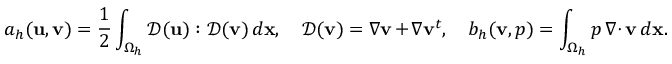
a _ { h } ( { \mathbf u } , { \mathbf v } ) = \frac 1 2 \int _ { \Omega _ { h } } { \mathcal { D } } ( { \mathbf u } ) : { \mathcal { D } } ( { \mathbf v } ) \, d { \mathbf x } , \quad { \mathcal { D } } ( { \mathbf v } ) = \nabla { \mathbf v } + \nabla { \mathbf v } ^ { t } , \quad b _ { h } ( { \mathbf v } , p ) = \int _ { \Omega _ { h } } p \, { { \nabla \cdot } \, } { \mathbf v } \, d { \mathbf x } .